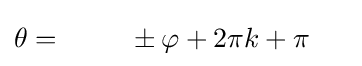
\theta ={\phantom {-1\quad }}\pm \varphi +2\pi k+\pi {\phantom {+\pi }}